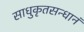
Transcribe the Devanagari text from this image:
साधुकृतसन्धानं